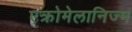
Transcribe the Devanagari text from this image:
एक्रोमेलानिज्म